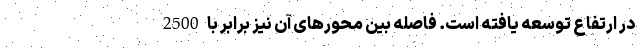
در ارتفاع توسعه یافته است. فاصله بین محورهای آن نیز برابر با 2500